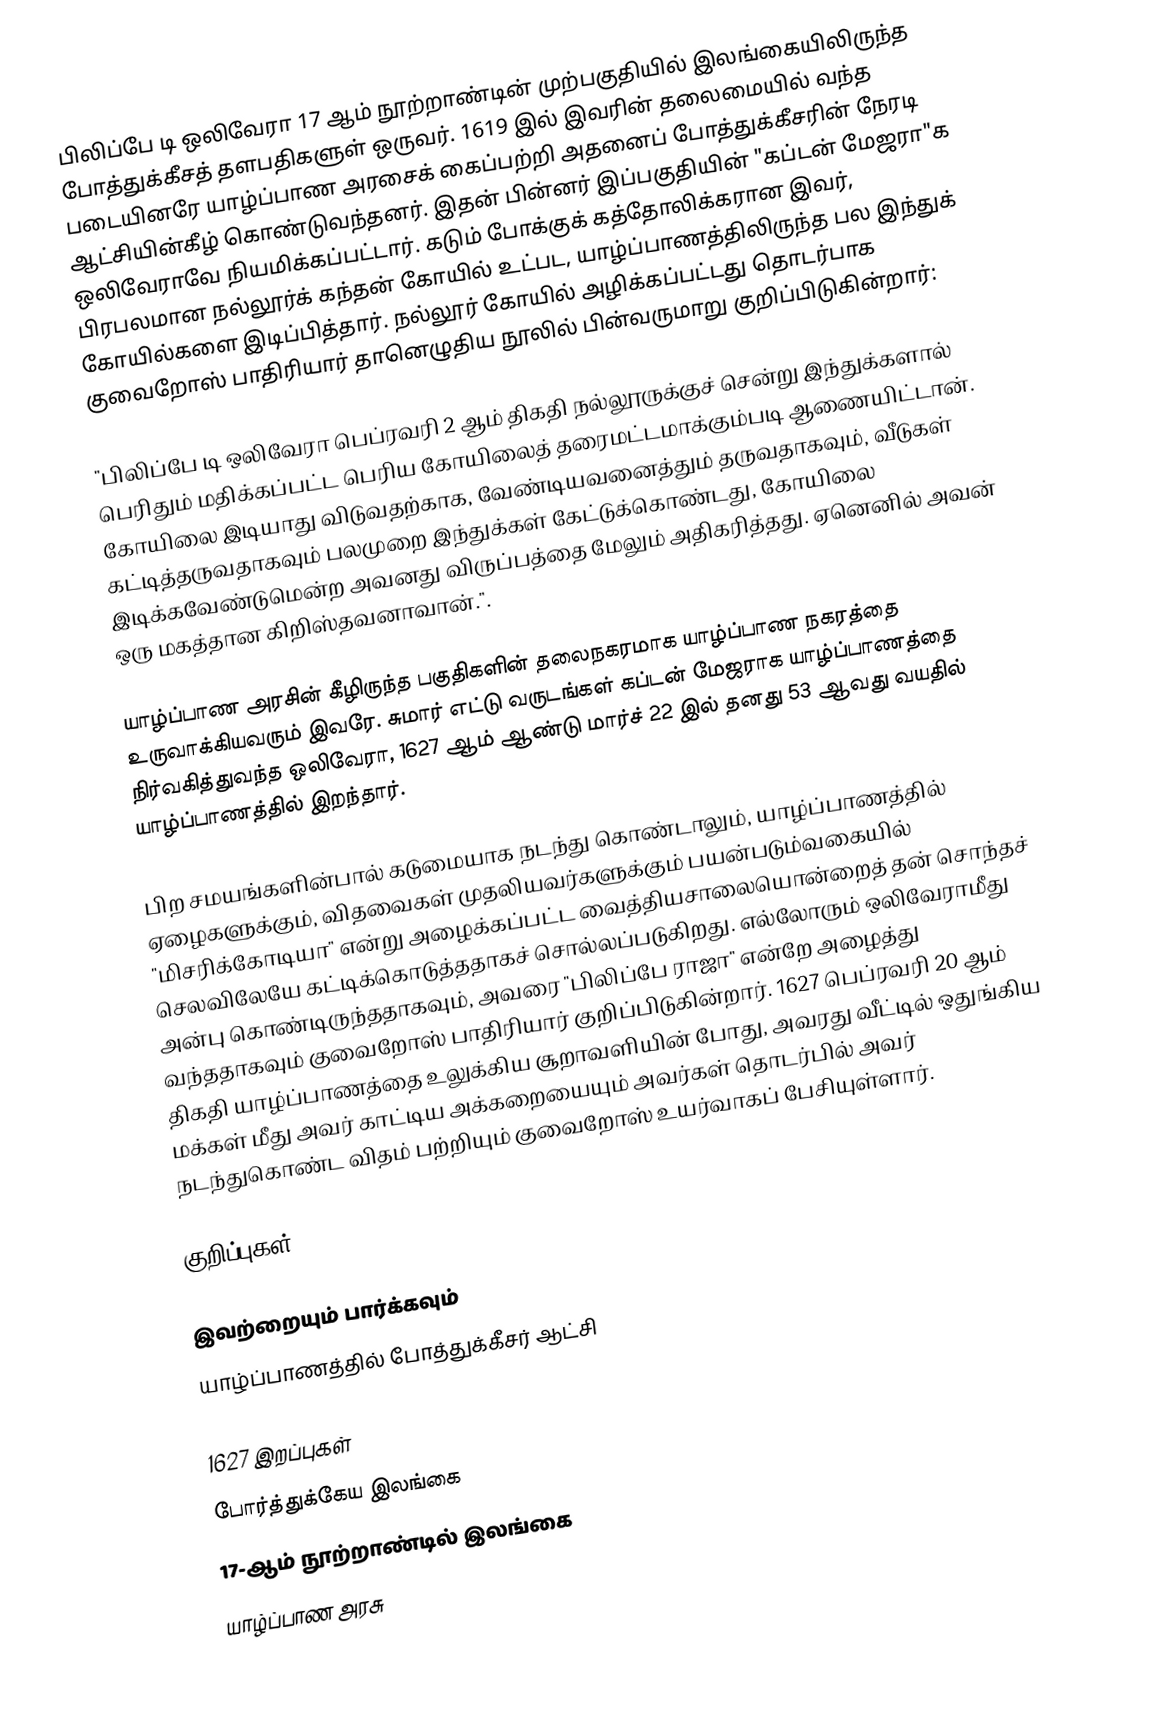
பிலிப்பே டி ஒலிவேரா 17 ஆம் நூற்றாண்டின் முற்பகுதியில் இலங்கையிலிருந்த போத்துக்கீசத் தளபதிகளுள் ஒருவர். 1619 இல் இவரின் தலைமையில் வந்த படையினரே யாழ்ப்பாண அரசைக் கைப்பற்றி அதனைப் போத்துக்கீசரின் நேரடி ஆட்சியின்கீழ் கொண்டுவந்தனர். இதன் பின்னர் இப்பகுதியின் "கப்டன் மேஜரா"க ஒலிவேராவே நியமிக்கப்பட்டார். கடும் போக்குக் கத்தோலிக்கரான இவர், பிரபலமான நல்லூர்க் கந்தன் கோயில் உட்பட, யாழ்ப்பாணத்திலிருந்த பல இந்துக் கோயில்களை இடிப்பித்தார். நல்லூர் கோயில் அழிக்கப்பட்டது தொடர்பாக குவைறோஸ் பாதிரியார் தானெழுதிய நூலில் பின்வருமாறு குறிப்பிடுகின்றார்:

 "பிலிப்பே டி ஒலிவேரா பெப்ரவரி 2 ஆம் திகதி நல்லூருக்குச் சென்று இந்துக்களால் பெரிதும் மதிக்கப்பட்ட பெரிய கோயிலைத் தரைமட்டமாக்கும்படி ஆணையிட்டான். கோயிலை இடியாது விடுவதற்காக, வேண்டியவனைத்தும் தருவதாகவும், வீடுகள் கட்டித்தருவதாகவும் பலமுறை இந்துக்கள் கேட்டுக்கொண்டது, கோயிலை இடிக்கவேண்டுமென்ற அவனது விருப்பத்தை மேலும் அதிகரித்தது. ஏனெனில் அவன் ஒரு மகத்தான கிறிஸ்தவனாவான்.".

யாழ்ப்பாண அரசின் கீழிருந்த பகுதிகளின் தலைநகரமாக யாழ்ப்பாண நகரத்தை உருவாக்கியவரும் இவரே. சுமார் எட்டு வருடங்கள் கப்டன் மேஜராக யாழ்ப்பாணத்தை நிர்வகித்துவந்த ஒலிவேரா, 1627 ஆம் ஆண்டு மார்ச் 22 இல் தனது 53 ஆவது வயதில் யாழ்ப்பாணத்தில் இறந்தார்.

பிற சமயங்களின்பால் கடுமையாக நடந்து கொண்டாலும், யாழ்ப்பாணத்தில் ஏழைகளுக்கும், விதவைகள் முதலியவர்களுக்கும் பயன்படும்வகையில் "மிசரிக்கோடியா" என்று அழைக்கப்பட்ட வைத்தியசாலையொன்றைத் தன் சொந்தச் செலவிலேயே கட்டிக்கொடுத்ததாகச் சொல்லப்படுகிறது. எல்லோரும் ஒலிவேராமீது அன்பு கொண்டிருந்ததாகவும், அவரை "பிலிப்பே ராஜா" என்றே அழைத்து வந்ததாகவும் குவைறோஸ் பாதிரியார் குறிப்பிடுகின்றார். 1627 பெப்ரவரி 20 ஆம் திகதி யாழ்ப்பாணத்தை உலுக்கிய சூறாவளியின் போது, அவரது வீட்டில் ஒதுங்கிய மக்கள் மீது அவர் காட்டிய அக்கறையையும் அவர்கள் தொடர்பில் அவர் நடந்துகொண்ட விதம் பற்றியும் குவைறோஸ் உயர்வாகப் பேசியுள்ளார்.

குறிப்புகள்

இவற்றையும் பார்க்கவும்
 யாழ்ப்பாணத்தில் போத்துக்கீசர் ஆட்சி

1627 இறப்புகள்
போர்த்துக்கேய இலங்கை
17-ஆம் நூற்றாண்டில் இலங்கை
யாழ்ப்பாண அரசு